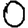
Digit: 0